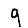
Digit: 9